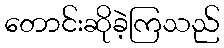
တောင်းဆိုခဲ့ကြသည်